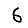
Digit: 6